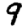
Digit: 9